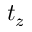
t _ { z }